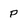
Character: P